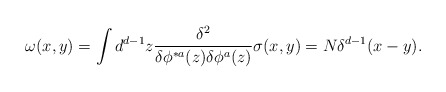
\begin{align*}\omega (x,y)= \int d^{d-1}z{\delta^{2} \over\delta\phi^{*a}(z)\delta\phi^{a}(z)}\sigma (x,y)= N\delta^{d-1} (x-y).\end{align*}